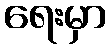
ရေးမှာ